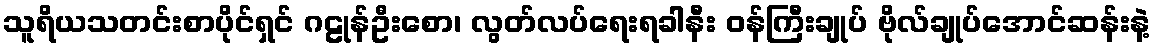
သူရိယသတင်းစာပိုင်ရှင် ဂဠုန်ဦးစော၊ လွတ်လပ်ရေးရခါနီး ဝန်ကြီးချုပ် ဗိုလ်ချုပ်အောင်ဆန်းနဲ့